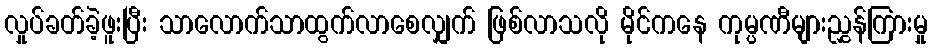
လှုပ်ခတ်ခဲ့ဖူးပြီး သာလောက်သာထွက်လာစေလျှက် ဖြစ်လာသလို မိုင်ကနေ ကုမ္ပဏီများညွှန်ကြားမှု